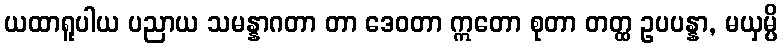
ယထာရူပါယ ပညာယ သမန္နာဂတာ တာ ဒေဝတာ ဣတော စုတာ တတ္ထ ဥပပန္နာ, မယှမ္ပိ